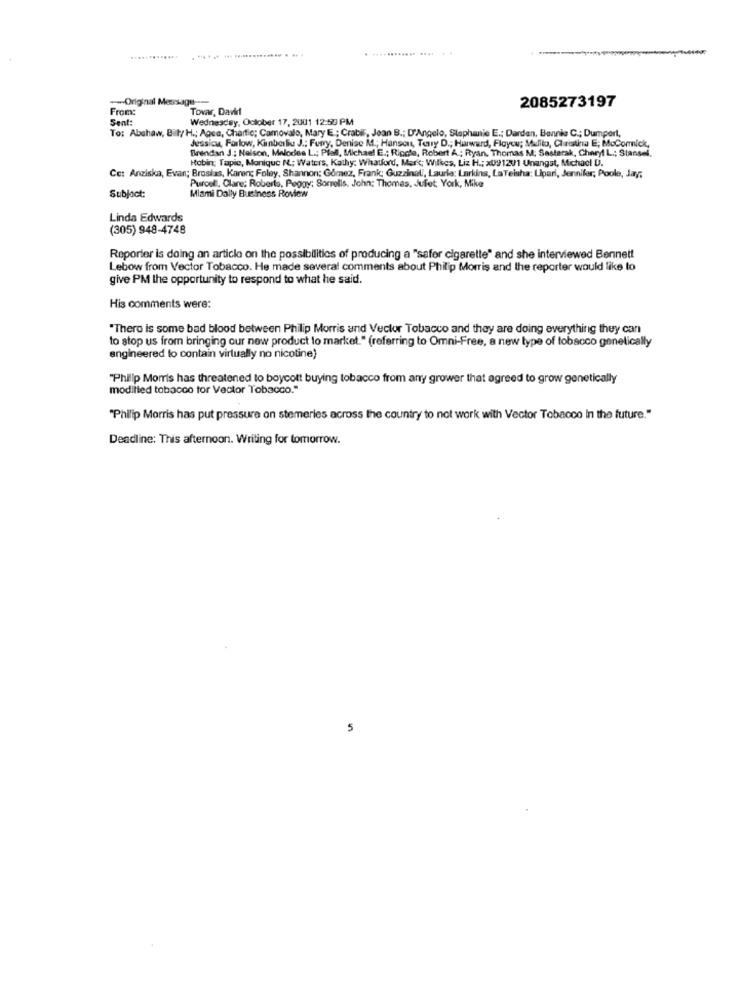
. ...... ... .............. . ...
-Origi
2085273197
From
Tovar, Davf
Sent:
Wednesday, October 17, 2001 12:50 PM
To: Abshaw, Billy H .; Agce, Chartic; Camovalo, Mary E ; Crabil, Jean B .; D'Angelo, Stephanie E .; Darden, Bennie C .; Dumpert,
Jessica, Forlow, Kimberliu J .: Furry, Denise M .; Hansen, Terry D .; Harward, Floyou; Mulito, Cristina E; MuCormick,
Brendan J .; Nelson, Melodne L .; Plall, Michael E .; Ricota, Robert A .: Ryan, Thomas M: Sastarak, Cheryl L .; Stansel.
Hobin; Tapie, Monique N .; Waters, Kathy: Whatford, Markt; Wilkes, Liz H .; x091201 Unangst, Michacl D.
Ce: Anziska, Evan; Brosias, Karen; Foley, Shannon; Gómez, Frank; Guzzinali, Lauria: Larkins, LaTeisha: Lipari, Jennifer, Poole, Jay;
Subject:
Purcell, Clare; Roberts, Peggy: Sorrells. John: Thomas, Julet; York, Mike
Miami Dally Business Review
Linda Edwards
(305) 948-4748
Reporter is doing an article on the possibilities of producing a "safer cigarette" and she interviewed Bennett
Lebow from Vector Tobacco. He made several comments about Philip Morris and the reporter would like to
give PM the opportunity to respond to what he said.
His comments were:
"There is some bad blood between Philip Morris and Vector Tobacco and they are doing everything they can
to stop us from bringing our new product to market." (referring to Omni-Free, a new type of tobacco genetically
engineered lo contain virtually no nicotine)
"Philip Morris has threatened to boycott buying tobacco from any grower that agreed to grow genetically
modiited tobacco tor Vector Tobacco."
"Philip Morris has put pressure on stemeries across the country to not work with Vector Tobacco In the future."
Deadline: This afternoon. Writing for tomorrow.
5